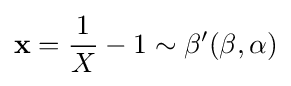
\mathbf {x} ={\frac {1}{X}}-1\sim \beta '(\beta ,\alpha )